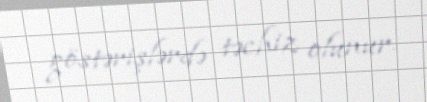
göstərişlərdə təchiz olunur.